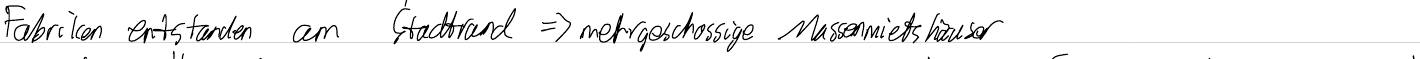
Fabriken entstanden am Stadtrand => mehrgeschossige Massenmietshäuser